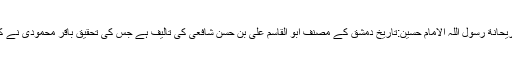
ترجمہ ریحانة رسول اللہ الامام حسین:تاریخ دمشق کے مصنف ابو القاسم علی بن حسن شافعی کی تالیف ہے جس کی تحقیق باقر محمودی نے کی ہے ۔